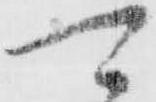
可